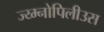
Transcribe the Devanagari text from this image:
ज्य्म्नोपिलीउस